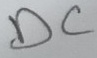
Text: DC